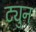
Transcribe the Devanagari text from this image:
ट्युन